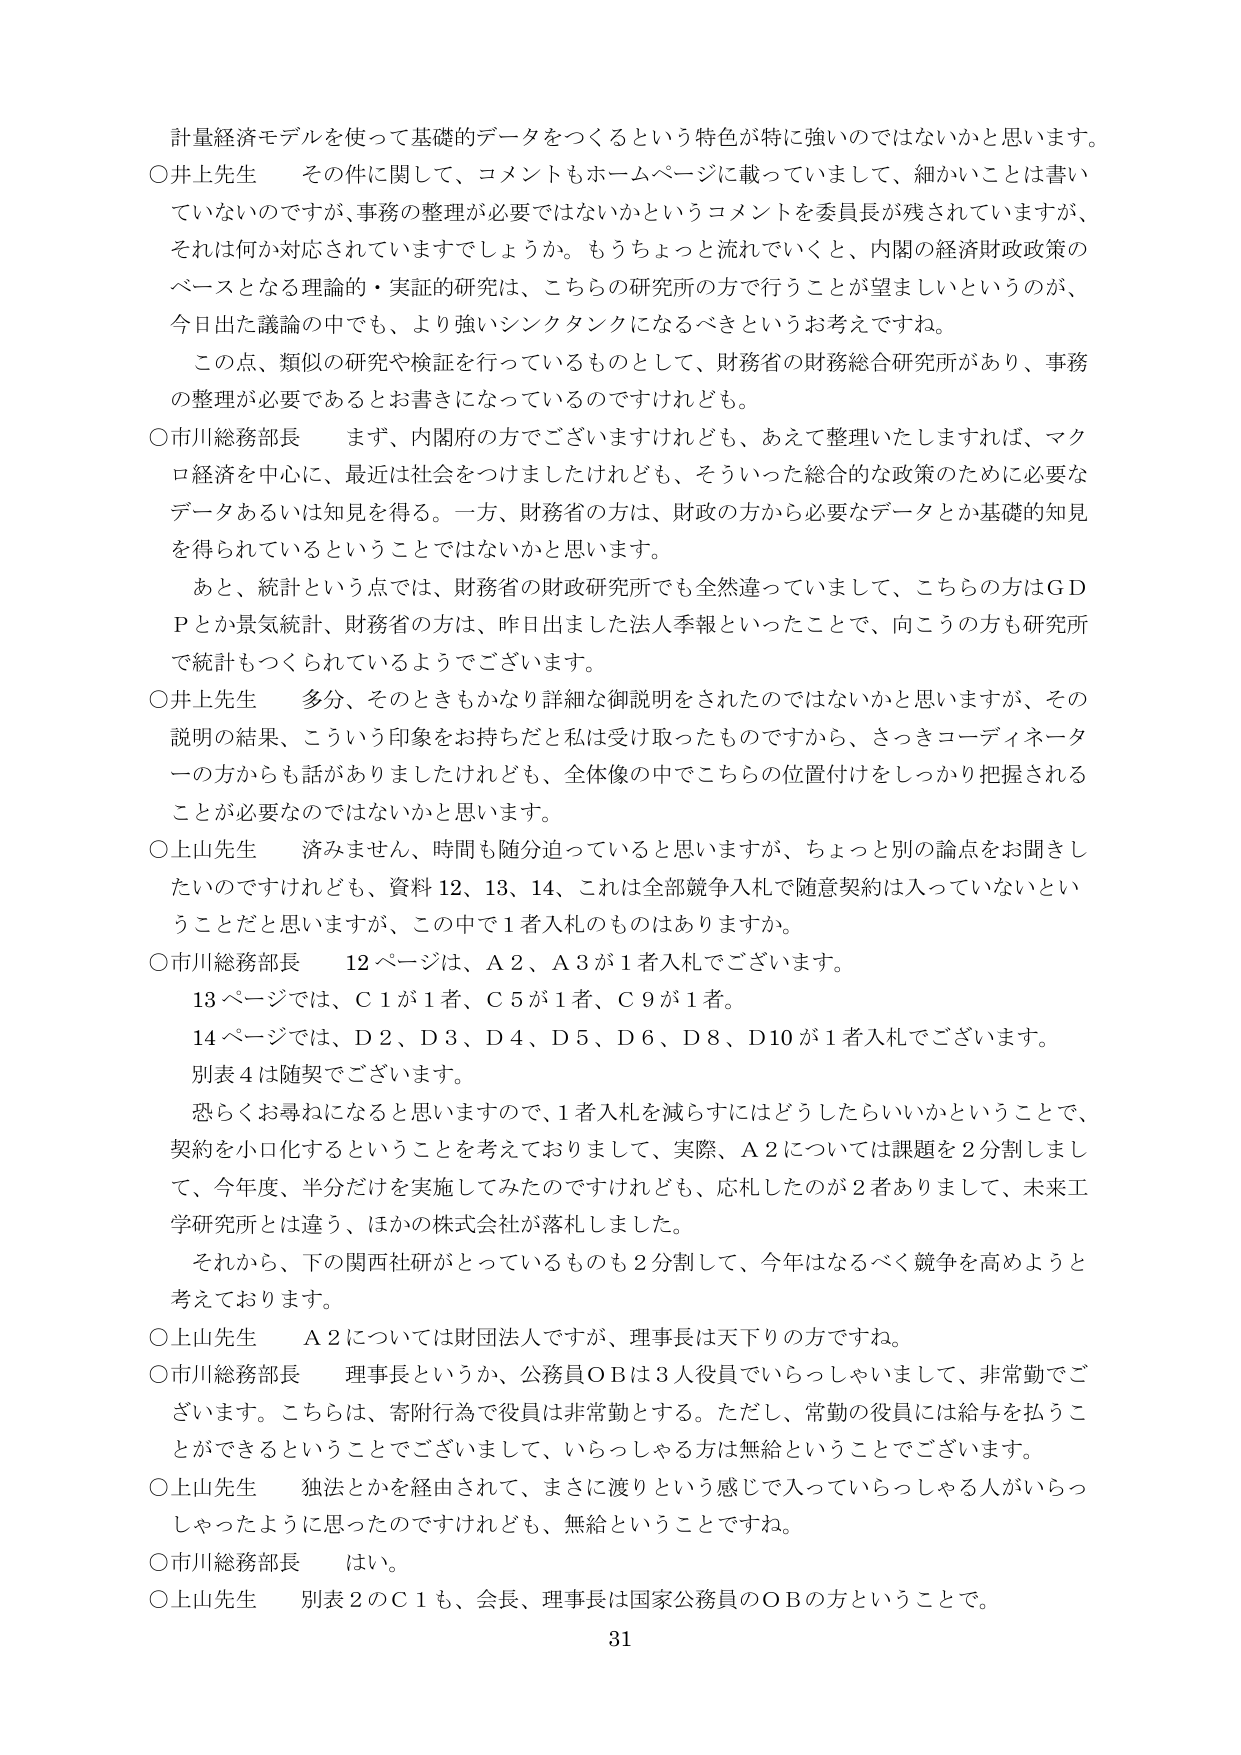
計量経済モデルを使って基礎的データをつくるという特色が特に強いのではないかと思います。
○井上先生　その件に関して、コメントもホームページに載っていまして、細かいことは書いていないのですが、事務の整理が必要ではないかというコメントを委員長が残されていますが、それは何か対応されていますでしょうか。もうちょっと流れていくと、内閣の経済財政政策のベースとなる理論的・実証的研究は、こちらの研究所の方で行うことが望ましいというのが、今日出た議論の中でも、より強いシンクタンクになるべきというお考えですね。
　この点、類似の研究や検証を行っているものとして、財務省の財務総合研究所があり、事務の整理が必要であるとお書きになっているのですけれども。
○市川総務部長　まず、内閣府の方でございますけれども、あえて整理いたしますれば、マクロ経済を中心に、最近は社会をつしましたけれども、そういった総合的な政策のために必要なデータあるいは知見を得る。一方、財務省の方は、財政の方から必要なデータとか基礎的知見を得られているということではないかと思います。
　あと、統計という点では、財務省の財政研究所でも全然違っていますし、こちらの方はＧＤＰとか景気統計、財務省の方は、昨日出ました法人季報といったことで、向こうの方も研究所で統計もつくられているようでございます。
○井上先生　多分、そのときもかなり詳細な御説明をされたのではないかと思いますが、その説明の結果、こういう印象をお持ちだと私は受け取ったものですから、さっきコーディネーターの方からも話がありましたけれども、全体像の中でこちらの位置付けをしっかり把握されることが必要なのではないかと思います。
○上山先生　済みません、時間も随分迫っていると思いますが、ちょっと別の論点をお聞きしたいのですけれども、資料12、13、14、これは全部競争入札で随意契約は入っていないということだと思いますが、この中で1者入札のものはありますか。
○市川総務部長　12ページは、Ａ2、Ａ3が1者入札でございます。
　13ページでは、Ｃ1が1者、Ｃ5が1者、Ｃ9が1者。
　14ページでは、Ｄ2、Ｄ3、Ｄ4、Ｄ5、Ｄ6、Ｄ8、Ｄ10が1者入札でございます。
　別表4は随契でございます。
　恐らくお尋ねになると思いますので、1者入札を減らすにはどうしたらいいかということで、契約を小口化するということを考えておりまして、実際、Ａ2については課題を2分割しまして、今年度、半分だけを実施してみたのですけれども、応札したのが2者ありまして、未来工学研究所とは違う、ほかの株式会社が落札しました。
　それから、下の関西社研がとっているものも2分割して、今年はなるべく競争を高めようと考えております。
○上山先生　Ａ2については財団法人ですが、理事長は天下りの方ですね。
○市川総務部長　理事長というか、公務員ＯＢは3人役員でいらっしゃいまして、非常勤でございます。こちらは、寄附行為で役員は非常勤とする。ただし、常勤の役員には給与を払うことができるということでございまして、いらっしゃる方は無給ということでございます。
○上山先生　独法とかを経由されて、まさに渡りという感じで入っていらっしゃる人がいらっしゃったように思ったのですけれども、無給ということですね。
○市川総務部長　はい。
○上山先生　別表2のＣ1も、会長、理事長は国家公務員のＯＢの方ということで。
31